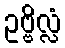
ဥဗ္ဗိလ္လံ